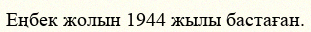
Еңбек жолын 1944 жылы бастаған.